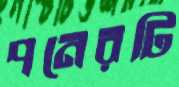
পনেরটি